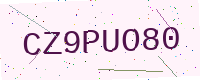
Text: CZ9PUO80